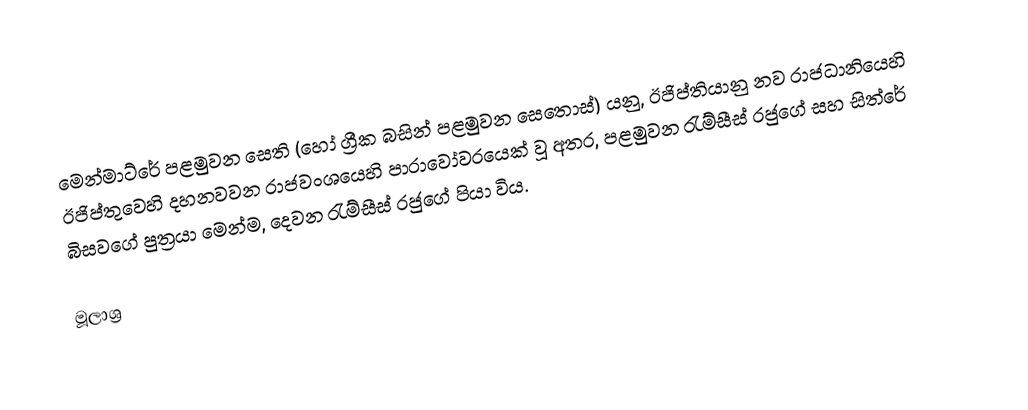
මෙන්මාට්රේ පළමුවන සෙති (හෝ ග්‍රීක බසින් පළමුවන සෙතොස්) යනු, ඊජිප්තියානු නව රාජධානියෙහි ඊජිප්තුවෙහි දහනවවන රාජවංශයෙහි පාරාවෝවරයෙක් වූ අතර, පළමුවන රැම්සීස් රජුගේ සහ සිත්රේ බිසවගේ පුත්‍රයා මෙන්ම, දෙවන රැම්සීස් රජුගේ පියා විය.

මූලාශ්‍ර